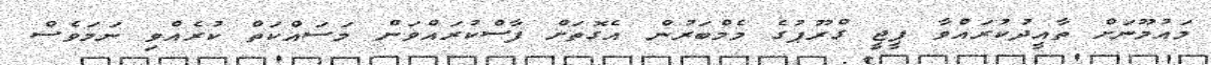
މައުމޫނަށް ތާއީދުކުރައްވާ ޕީޖީ ގްރޫޕުގެ މެމްބަރުން އެގޮތަށް ފާސްކުރައްވަން މަސައްކަތް ކުރެއްވި ނަމަވެސް